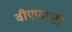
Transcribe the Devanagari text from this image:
वीएफ़एटी